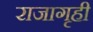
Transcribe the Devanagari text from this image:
राजागृही